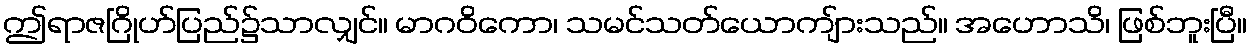
ဤရာဇဂြိုဟ်ပြည်၌သာလျှင်။ မာဂဝိကော၊ သမင်သတ်ယောကျ်ားသည်။ အဟောသိ၊ ဖြစ်ဘူးပြီ။